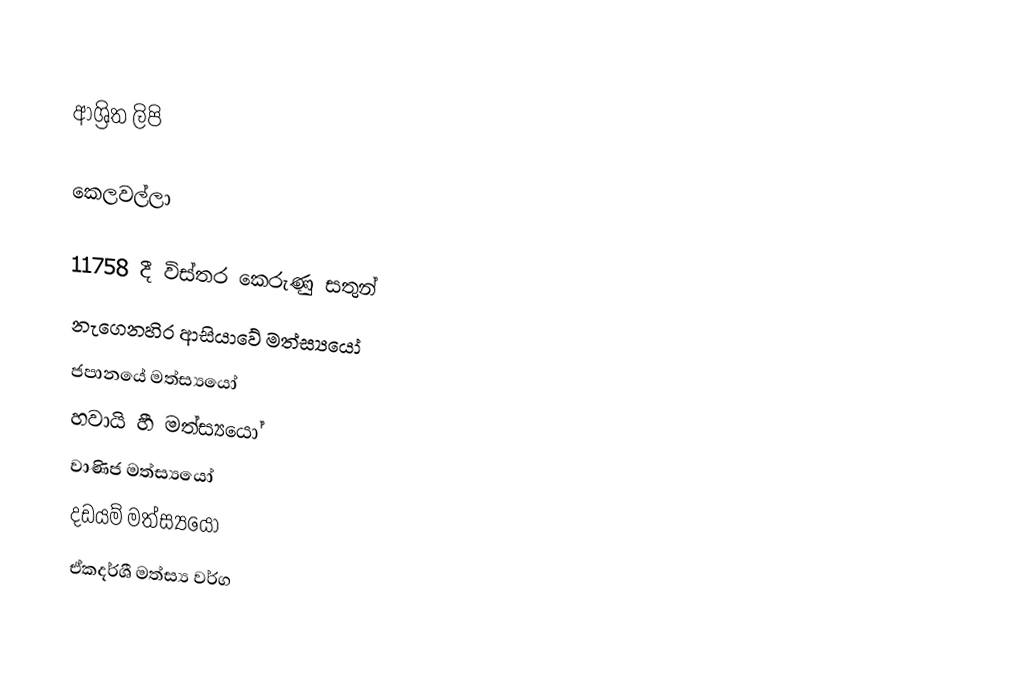

ආශ්‍රිත ලිපි

 කෙලවල්ලා

11758 දී විස්තර කෙරුණු සතුන්
නැගෙනහිර ආසියාවේ මත්ස්‍යයෝ
ජපානයේ මත්ස්‍යයෝ
හවායි හී මත්ස්‍යයෝ
වාණිජ මත්ස්‍යයෝ
දඩයම් මත්ස්‍යයෝ
ඒකදර්ශී මත්ස්‍ය වර්ග